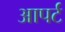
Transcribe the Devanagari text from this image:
आपर्ट